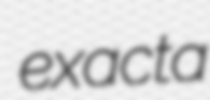
exacta